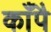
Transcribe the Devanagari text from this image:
काँपै